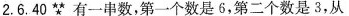
2. 6. 40★★★有一串数，第一个数是6，第二个数是3，从